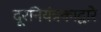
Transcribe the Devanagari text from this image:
दूरनियंत्रकाद्वारे